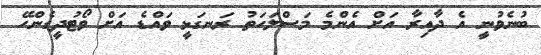
ބުނެވުނީ އެ ދާއިރާ އަށް އެންމެ މަސްލަހަތު ރަނގަޅީ ވައްޑެ އަށް ވޯޓުދީގެންހޭ